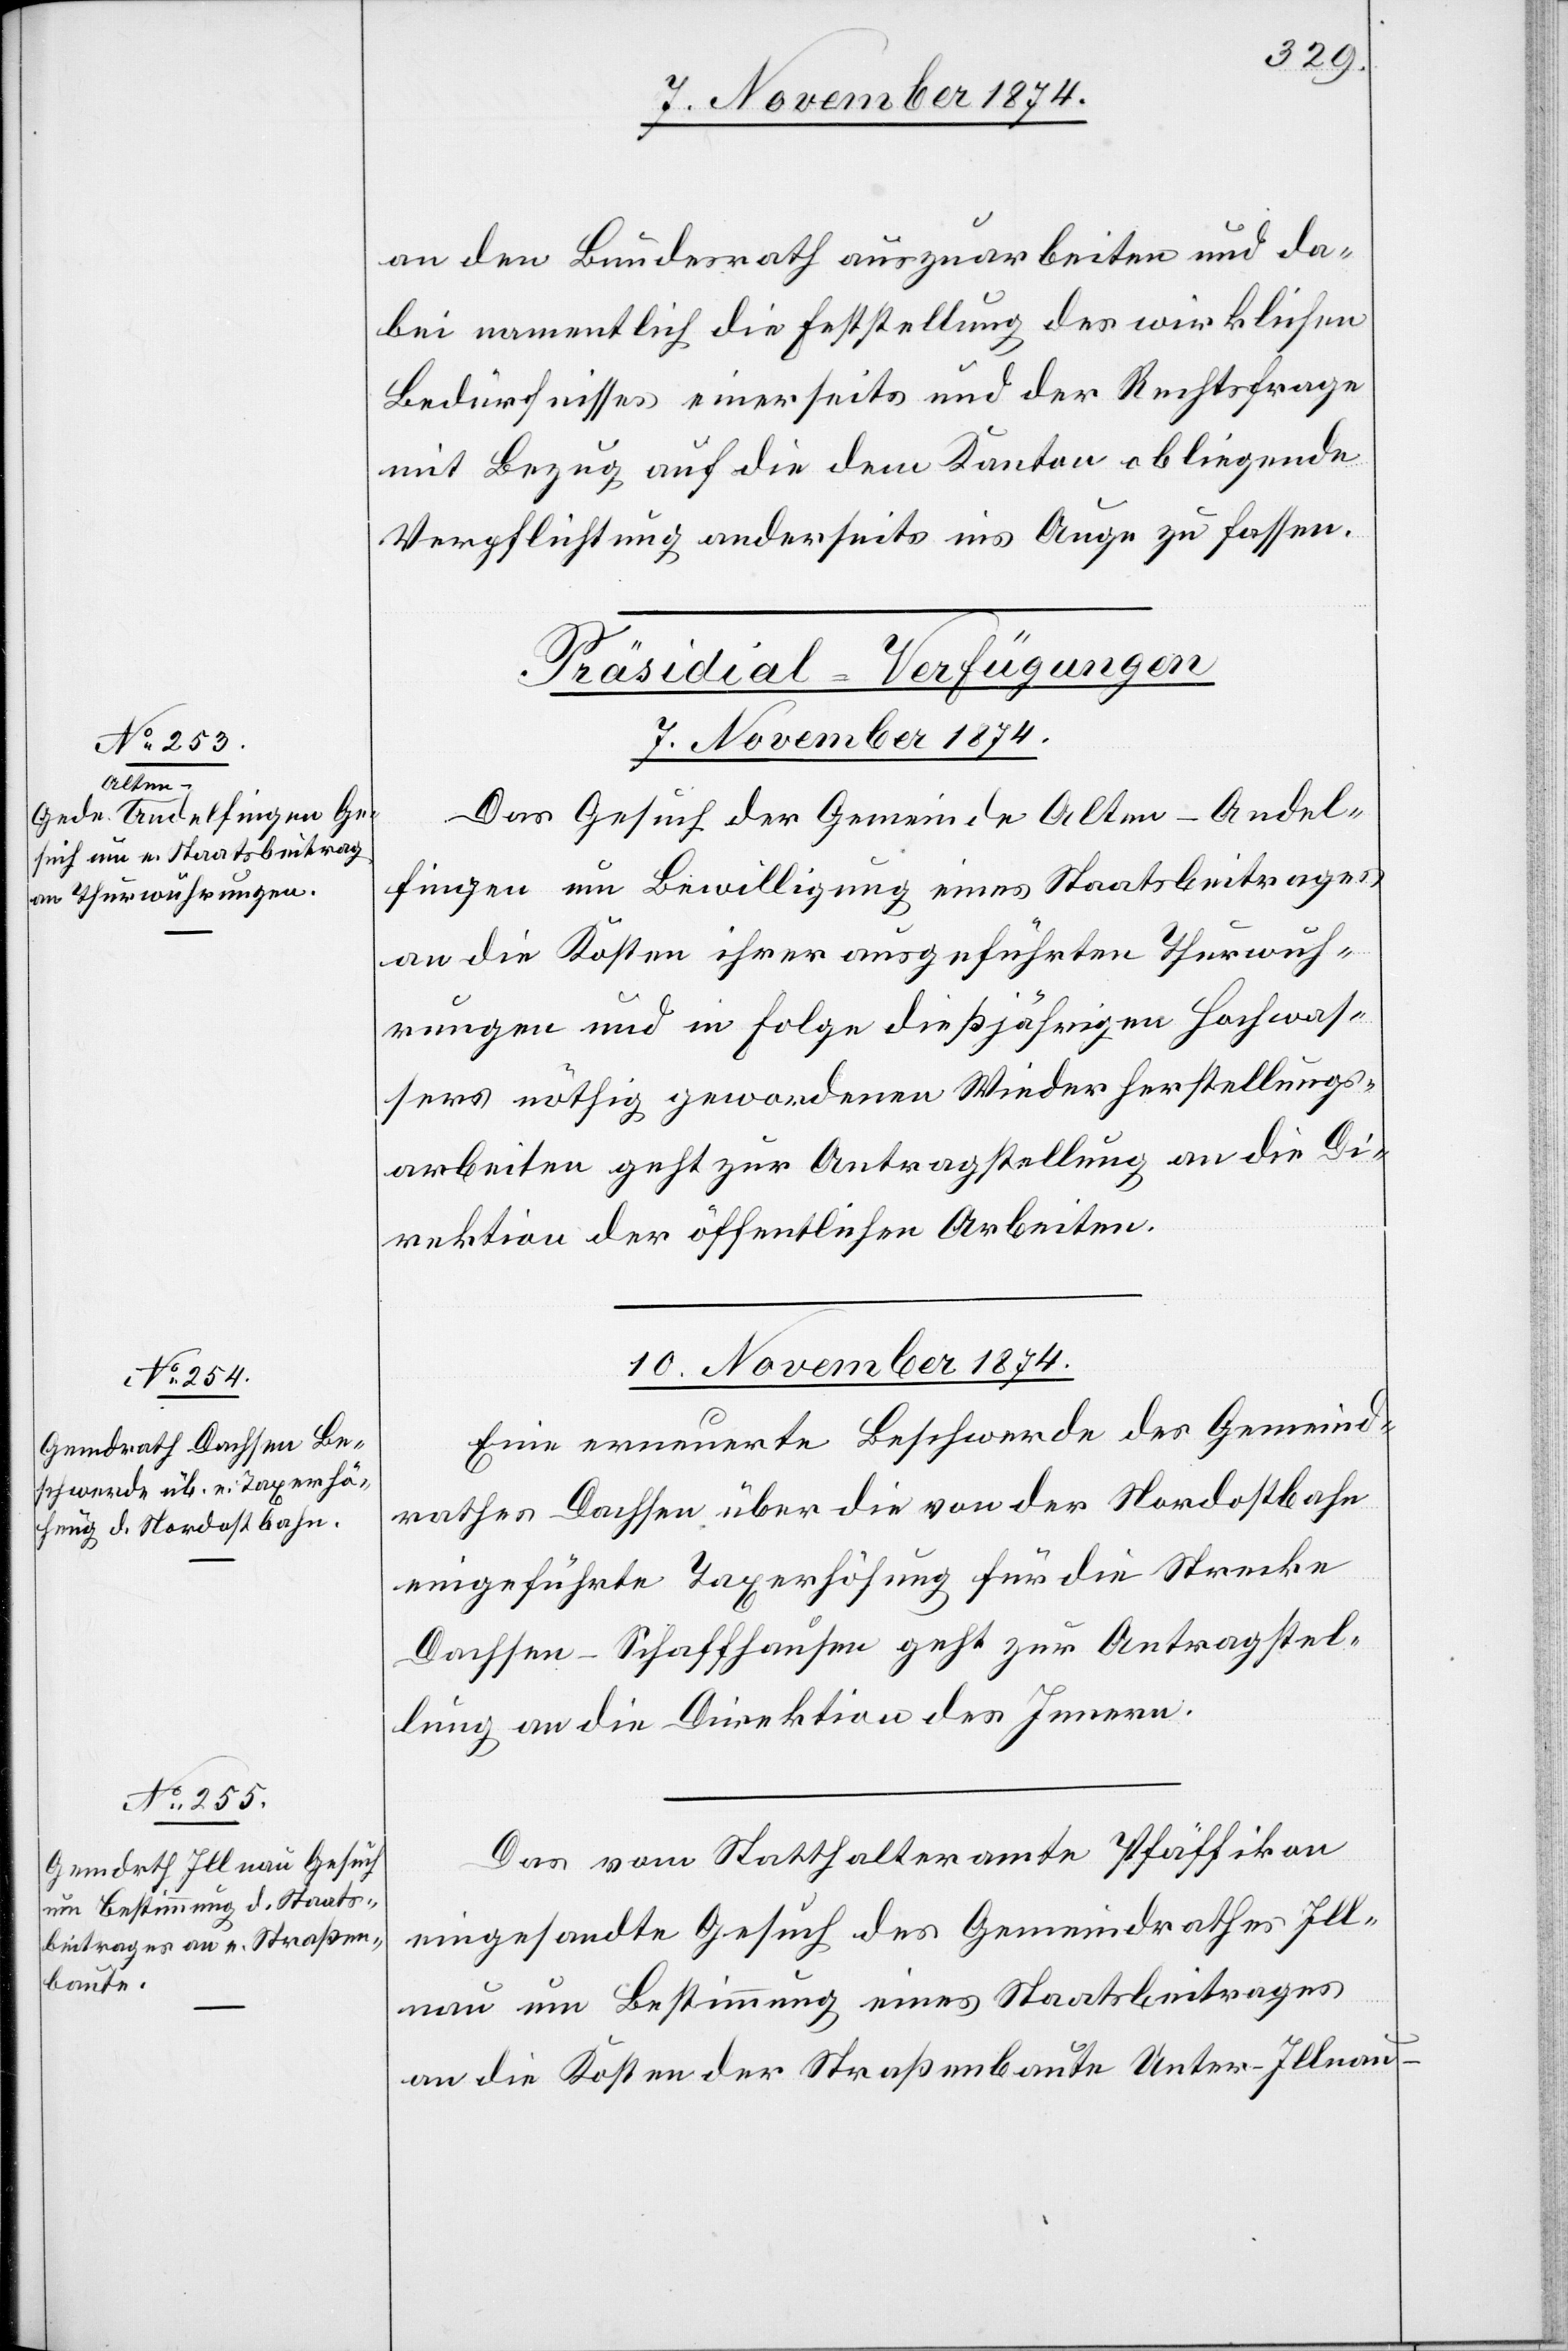
an den Bundesrath auszuarbeiten und da¬
bei namentlich die Feststellung des wirklichen
Bedürfnisses einerseits und der Rechtsfrage
mit Bezug auf die dem Kanton obliegende
Verpflichtung anderseits ins Auge zu fassen.
[Präsidial-Verfügungen
7. November 1874.
Das Gesuch der Gemeinde Alten-Andel¬
fingen um Bewilligung eines Staatsbeitrages
an die Kosten ihrer ausgeführten Thurwuh¬
rungen und in Folge dießjährigen Hochwas¬
sers nöthig gewordenen Wiederherstellungs¬
arbeiten geht zur Antragstellung an die Di¬
rektion der öffentlichen Arbeiten.
10. November 1874.]
Eine erneuerte Beschwerde des Gemeind¬
rathes Dachsen über die von der Nordostbahn
eingeführte Taxerhöhung für die Strecke
Dachsen-Schaffhausen geht zur Antragstel¬
lung an die Direktion des Innern.
Das vom Statthalteramte Pfäffikon
eingesandte Gesuch des Gemeindrathes Ill¬
nau um Bestimmung eines Staatsbeitrages
an die Kosten der Straßenbaute Unter-Illnau–